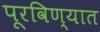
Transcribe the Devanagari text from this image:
पूरविण्यात